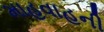
માહવાહની